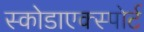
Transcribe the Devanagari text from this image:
स्कोडाएक्स्पोर्ट